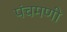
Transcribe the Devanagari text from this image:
पंचमणी